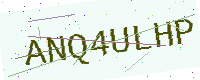
Text: ANQ4ULHP